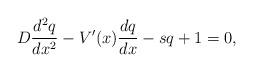
LaTeX: \begin{align*}D\frac{d^2 q}{dx^2}-V'(x)\frac{d q}{dx}-sq+1=0,\end{align*}